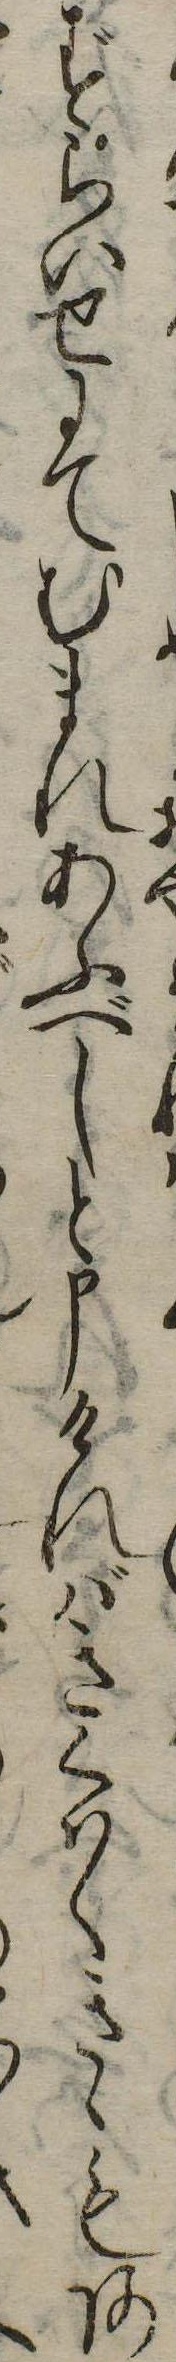
ずらいせにてむまれあふべしと申ければきくはくきゝもあ